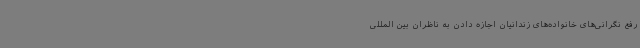
رفع نگرانی‌های خانواده‌های زندانیان اجازه دادن به ناظران بین المللی